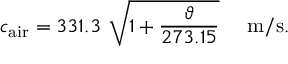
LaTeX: c _ { \mathrm { a i r } } = 3 3 1 . 3 ~ { \sqrt { 1 + { \frac { \vartheta } { 2 7 3 . 1 5 } } } } ~ ~ ~ ~ \mathrm { m / s } .